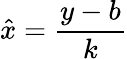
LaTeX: \hat{x}=\frac{y-b}{k}